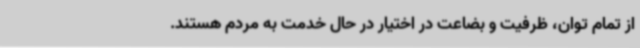
از تمام توان، ظرفیت و بضاعت در اختیار در حال خدمت به مردم هستند.